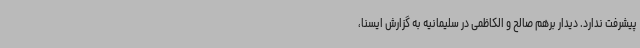
پیشرفت ندارد. دیدار برهم صالح و الکاظمی در سلیمانیه به گزارش ایسنا،